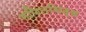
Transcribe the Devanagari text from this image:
गणितसिद्ध